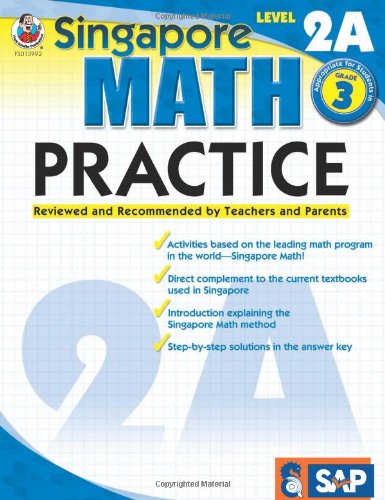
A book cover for Singapore Math Practice, Level 2A, Grade 3; Children's Books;